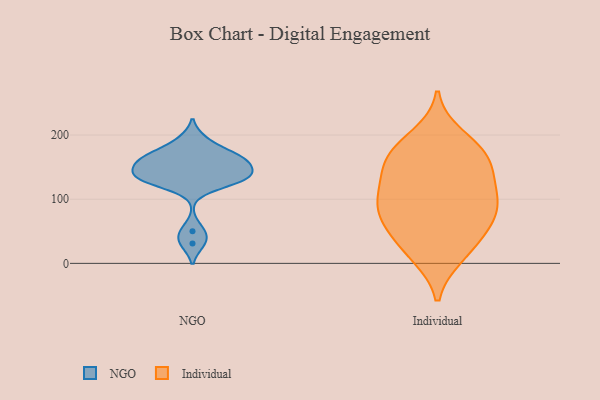
{"axis": {"x": "Market Share (%)", "y": "Value"}, "legend": ["Individual", "NGO"], "data": [{"x": "", "y": 129, "type": "NGO"}, {"x": "", "y": 135, "type": "NGO"}, {"x": "", "y": 147, "type": "NGO"}, {"x": "", "y": 50, "type": "NGO"}, {"x": "", "y": 31, "type": "NGO"}, {"x": "", "y": 193, "type": "NGO"}, {"x": "", "y": 125, "type": "NGO"}, {"x": "", "y": 170, "type": "NGO"}, {"x": "", "y": 171, "type": "NGO"}, {"x": "", "y": 155, "type": "NGO"}, {"x": "", "y": 158, "type": "NGO"}, {"x": "", "y": 133, "type": "NGO"}, {"x": "", "y": 136, "type": "NGO"}, {"x": "", "y": 163, "type": "NGO"}, {"x": "", "y": 97, "type": "Individual"}, {"x": "", "y": 51, "type": "Individual"}, {"x": "", "y": 71, "type": "Individual"}, {"x": "", "y": 199, "type": "Individual"}, {"x": "", "y": 93, "type": "Individual"}, {"x": "", "y": 95, "type": "Individual"}, {"x": "", "y": 40, "type": "Individual"}, {"x": "", "y": 12, "type": "Individual"}, {"x": "", "y": 145, "type": "Individual"}, {"x": "", "y": 91, "type": "Individual"}, {"x": "", "y": 169, "type": "Individual"}, {"x": "", "y": 179, "type": "Individual"}, {"x": "", "y": 118, "type": "Individual"}, {"x": "", "y": 175, "type": "Individual"}, {"x": "", "y": 59, "type": "Individual"}, {"x": "", "y": 139, "type": "Individual"}, {"x": "", "y": 11, "type": "Individual"}, {"x": "", "y": 152, "type": "Individual"}]}